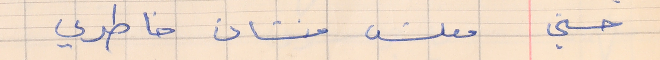
حسني     معلش منشان خاطري